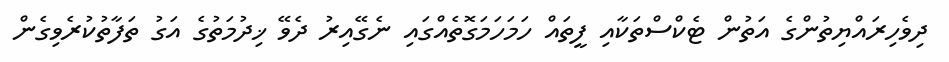
ދިވެހިރައްޔިތުންގެ އަތުން ޓެކްސްތަކާއި ފީތައް ހަމަހަމަގޮތެއްގައި ނެގޭއިރު ދެވޭ ޚިދުމަތުގެ އަގު ތަފާތުކުރެވިގެން